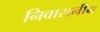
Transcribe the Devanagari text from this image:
निवासनीय